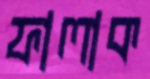
ফালাক